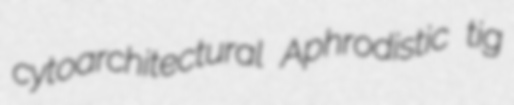
cytoarchitectural Aphrodistic tig